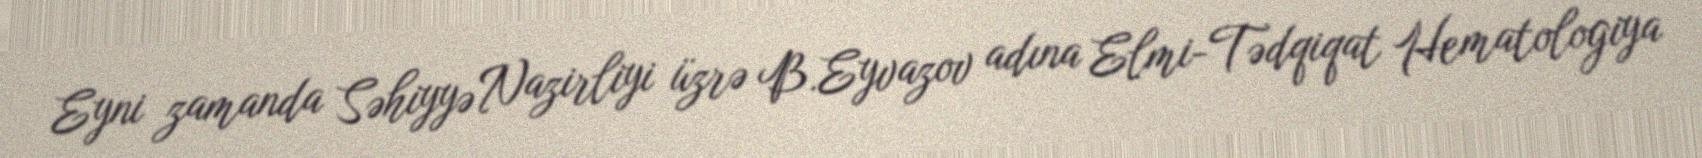
Eyni zamanda Səhiyyə Nazirliyi üzrə B.Eyvazov adına Elmi-Tədqiqat Hematologiya